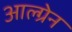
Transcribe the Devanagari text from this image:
आल्ग्रेन